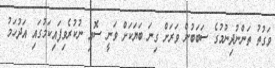
ވަގުތު ތަންނުދިނުމުގެ ސަބަބުން ވަރަށް ގިނަ ބަޔަކަށް ވަނީ ސޮއި ނުކުރެވިފައިކަމުގައި އަދުހަމު